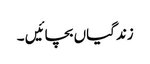
زندگیاں بچائیں ۔